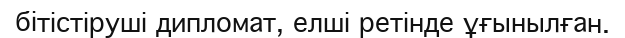
бітістіруші дипломат, елші ретінде ұғынылған.